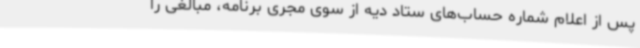
پس از اعلام شماره حساب‌های ستاد دیه از سوی مجری برنامه، مبالغی را